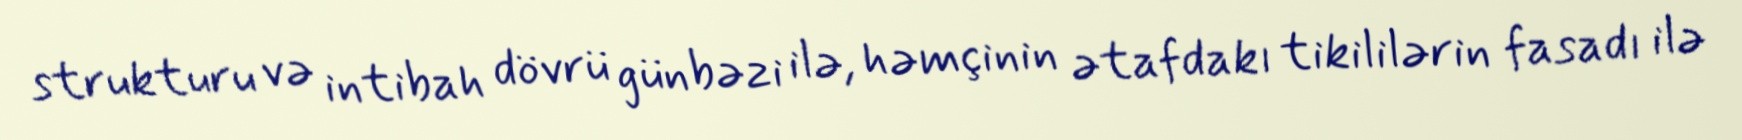
strukturu və intibah dövrü günbəzi ilə, həmçinin ətafdakı tikililərin fasadı ilə